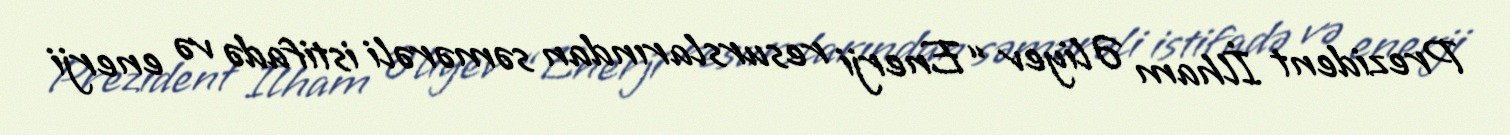
Prezident İlham Əliyev “Enerji resurslarından səmərəli istifadə və enerji